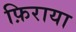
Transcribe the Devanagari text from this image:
फ़िराया